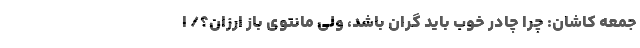
جمعه کاشان: چرا چادر خوب باید گران باشد، ولی مانتوی باز ارزان؟/ ا